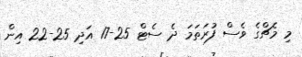
މި މެޗްގެ ވެސް ފުރަތަމަ ދެ ސެޓް 25-17 އަދި 25-22 އިން